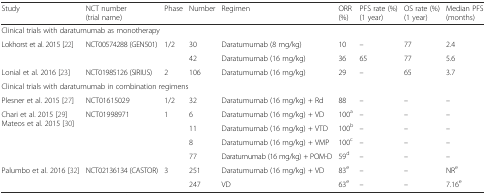
| Study | NCT number (trial name) | Phase | Number | Regimen | ORR (%) | PFS rate (%) (1 year) | OS rate (%) (1 year) | Median PFS (months) |
 | --- | --- | --- | --- | --- | --- | --- | --- | --- |
 | <COLSPAN=9> Clinical trials with daratumumab as monotherapy |
 | <ROWSPAN=2> Lokhorst et al. 2015 [22] | <ROWSPAN=2> NCT00574288 (GEN501) | <ROWSPAN=2> 1/2 | 30 | Daratumumab (8 mg/kg) | 10 | – | 77 | 2.4 |
 | 42 | Daratumumab (16 mg/kg) | 36 | 65 | 77 | 5.6 |
 | Lonial et al. 2016 [23] | NCT01985126 (SIRIUS) | 2 | 106 | Daratumumab (16 mg/kg) | 29 | – | 65 | 3.7 |
 | <COLSPAN=9> Clinical trials with daratumumab in combination regimens |
 | Plesner et al. 2015 [27] | NCT01615029 | 1/2 | 32 | Daratumumab (16 mg/kg) + Rd | 88 | – | – | – |
 | <ROWSPAN=4> Chari et al. 2015 [29]Mateos et al. 2015 [30] | <ROWSPAN=4> NCT01998971 | <ROWSPAN=4> 1 | 6 | Daratumumab (16 mg/kg) + VD | 100a | – | – | – |
 | 11 | Daratumumab (16 mg/kg) + VTD | 100b | – | – | – |
 | 8 | Daratumumab (16 mg/kg) + VMP | 100c | – | – | – |
 | 77 | Daratumumab (16 mg/kg) + POM-D | 59d | – | – | – |
 | <ROWSPAN=2> Palumbo et al. 2016 [32] | <ROWSPAN=2> NCT02136134 (CASTOR) | <ROWSPAN=2> 3 | 251 | Daratumumab (16 mg/kg) + VD | 83e | – | – | NRe |
 | 247 | VD | 63e | – | – | 7.16e |